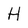
Character: H